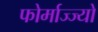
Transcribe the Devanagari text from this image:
फोर्माज्ज्यो